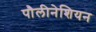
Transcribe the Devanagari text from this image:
पौलीनेशियन